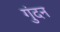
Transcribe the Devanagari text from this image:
गुंदन